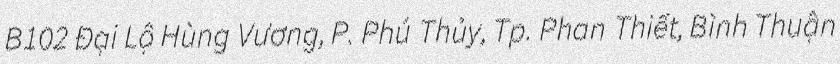
B102 Đại Lộ Hùng Vương, P. Phú Thủy, Tp. Phan Thiết, Bình Thuận